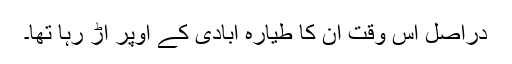
دراصل اس وقت ان کا طیارہ آبادی کے اوپر اڑ رہا تھا۔